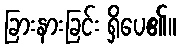
ခြားနားခြင်း ရှိပေ၏။